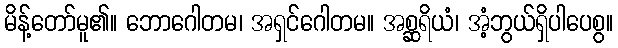
မိန့်တော်မူ၏။ ဘောဂေါတမ၊ အရှင်ဂေါတမ။ အစ္ဆရိယံ၊ အံ့ဘွယ်ရှိပါပေစွ။